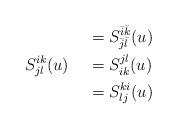
LaTeX: \begin{align*} & \; \; = S^{\bar{i}\bar{k}}_{\bar{j}\bar{l}}(u) \\ S^{ik}_{jl}(u) \; \; & \; \;= S^{jl}_{ik}(u) \\ & \; \; = S^{ki}_{lj}(u)\end{align*}